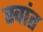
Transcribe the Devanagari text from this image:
स्वांत